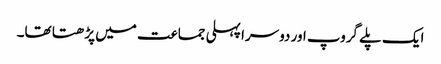
ایک پلے گروپ اور دوسرا پہلی جماعت میں پڑھتا تھا۔